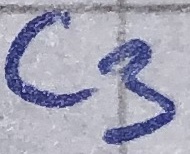
Text: C3